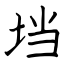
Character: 垱